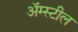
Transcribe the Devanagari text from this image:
अॅम्स्टील